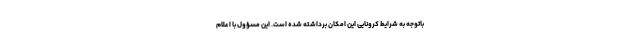
باتوجه به شرایط کرونایی این امکان برداشته شده است. این مسؤول با اعلام